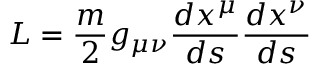
L = { \frac { m } { 2 } } g _ { \mu \nu } { \frac { d x ^ { \mu } } { d s } } { \frac { d x ^ { \nu } } { d s } }